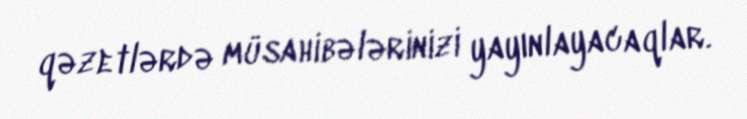
qəzetlərdə müsahibələrinizi yayınlayacaqlar.